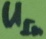
Text: UIn